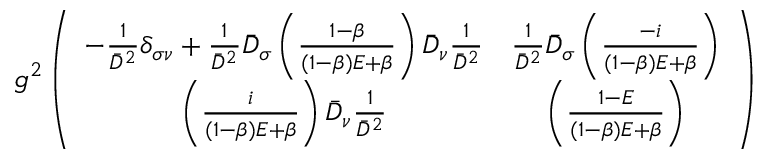
g ^ { 2 } \left( \begin{array} { c c } { { - \frac { 1 } { \bar { D } ^ { 2 } } \delta _ { \sigma \nu } + \frac { 1 } { \bar { D } ^ { 2 } } \bar { D } _ { \sigma } \left( \frac { 1 - \beta } { ( 1 - \beta ) E + \beta } \right) \bar { D } _ { \nu } \frac { 1 } { \bar { D } ^ { 2 } } } } & { { \frac { 1 } { \bar { D } ^ { 2 } } \bar { D } _ { \sigma } \left( \frac { - i } { ( 1 - \beta ) E + \beta } \right) } } \\ { { \left( \frac { i } { ( 1 - \beta ) E + \beta } \right) \bar { D } _ { \nu } \frac { 1 } { \bar { D } ^ { 2 } } } } & { { \left( \frac { 1 - E } { ( 1 - \beta ) E + \beta } \right) } } \end{array} \right)